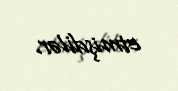
etmişdilər.